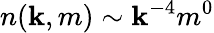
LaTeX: n(\mathbf{k},m)\sim\mathbf{k}^{-4}m^{0}